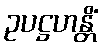
ဥပဋ္ဌဟန္တိံ